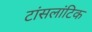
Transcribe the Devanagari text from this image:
टांसलांटिक